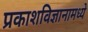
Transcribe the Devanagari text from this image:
प्रकाशविज्ञानामध्ये